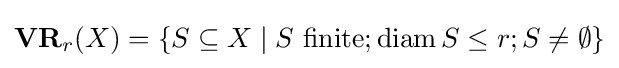
\mathbf {VR} _{r}(X)=\{S\subseteq X\mid S{\text{ finite}};\operatorname {diam} S\leq r;S\neq \emptyset \}